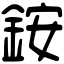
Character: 銨